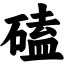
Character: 磕